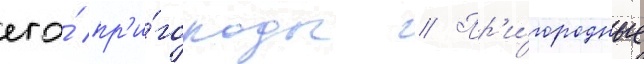
его́ пр'и́городы // Пр'и́городные